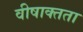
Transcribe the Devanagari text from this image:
वीषाक्तता